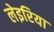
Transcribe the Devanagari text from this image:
लेइरिया